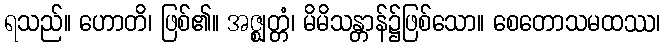
ရသည်။ ဟောတိ၊ ဖြစ်၏။ အဇ္ဈတ္တံ၊ မိမိသန္တာန်၌ဖြစ်သော။ စေတောသမထဿ၊